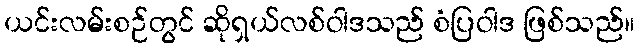
ယင်းလမ်းစဉ်တွင် ဆိုရှယ်လစ်ဝါဒသည် စံပြဝါဒ ဖြစ်သည်။